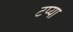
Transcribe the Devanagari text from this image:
टप्या